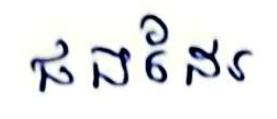
ផងដែរ